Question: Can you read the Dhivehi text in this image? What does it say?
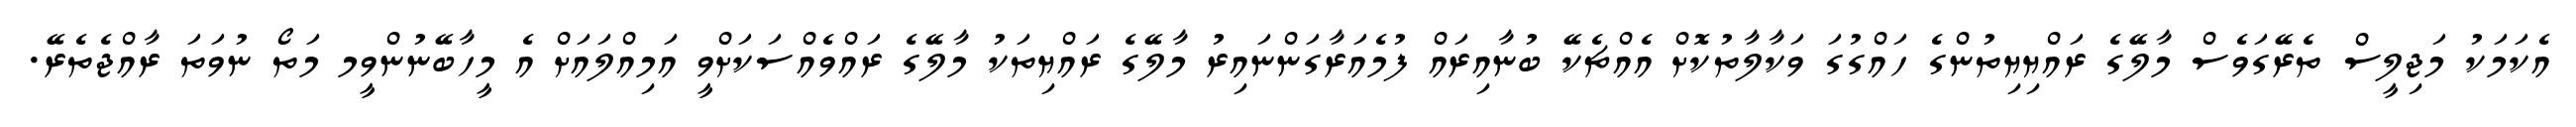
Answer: އެކަމަކު މަޖިލީސް ތެރޭގަވެސް މާލޭގެ ރައްޔިޔިތުންގެ ހައްގުގަ ވަކާލާތުކޮށް އެއްޗެކޭ ބުނާއިރައް ފުމެއަރާގަންނައިރު މާލޭގެ ރައްޔިތަކު މާލޭގެ ރައްވެއްސަކަށްވީ އަމިއްލައަށް އެ މީހާބޭނުންވީމ މަތޯ ނުވަތަ ރާއްޖެތެރޭ.